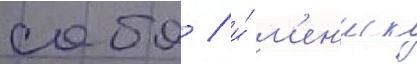
слабо / и́ м'ен'иск